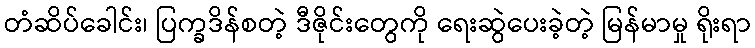
တံဆိပ်ခေါင်း၊ ပြက္ခဒိန်စတဲ့ ဒီဇိုင်းတွေကို ရေးဆွဲပေးခဲ့တဲ့ မြန်မာမှု ရိုးရာ